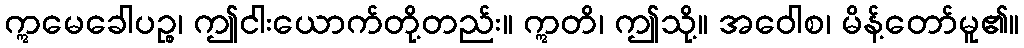
ဣမေခေါပဉ္စ၊ ဤငါးယောက်တို့တည်း။ ဣတိ၊ ဤသို့။ အဝေါစ၊ မိန့်တော်မူ၏။